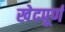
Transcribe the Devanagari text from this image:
खेदपूर्ण